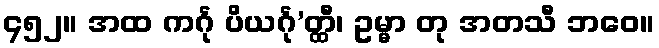
၄၅၂။ အထ ကင်္ဂု ပိယင်္ဂု’တ္ထီ၊ ဥမ္မာ တု အတသီ ဘဝေ။